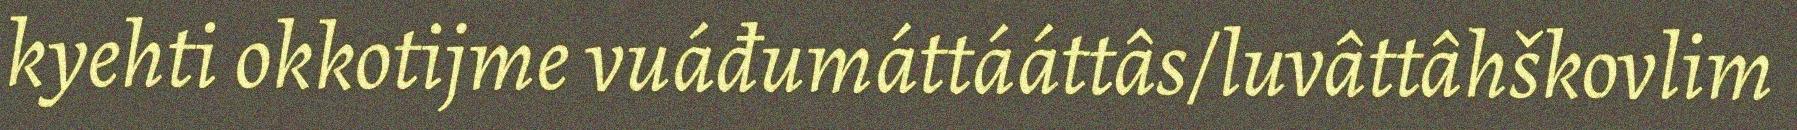
kyehti okkotijme vuáđumáttááttâs/luvâttâhškovlim